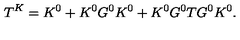
T ^ { K } = K ^ { 0 } + K ^ { 0 } G ^ { 0 } K ^ { 0 } + K ^ { 0 } G ^ { 0 } T G ^ { 0 } K ^ { 0 } .